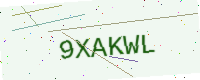
Text: 9XAKWL